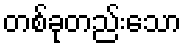
တစ်ခုတည်းသော